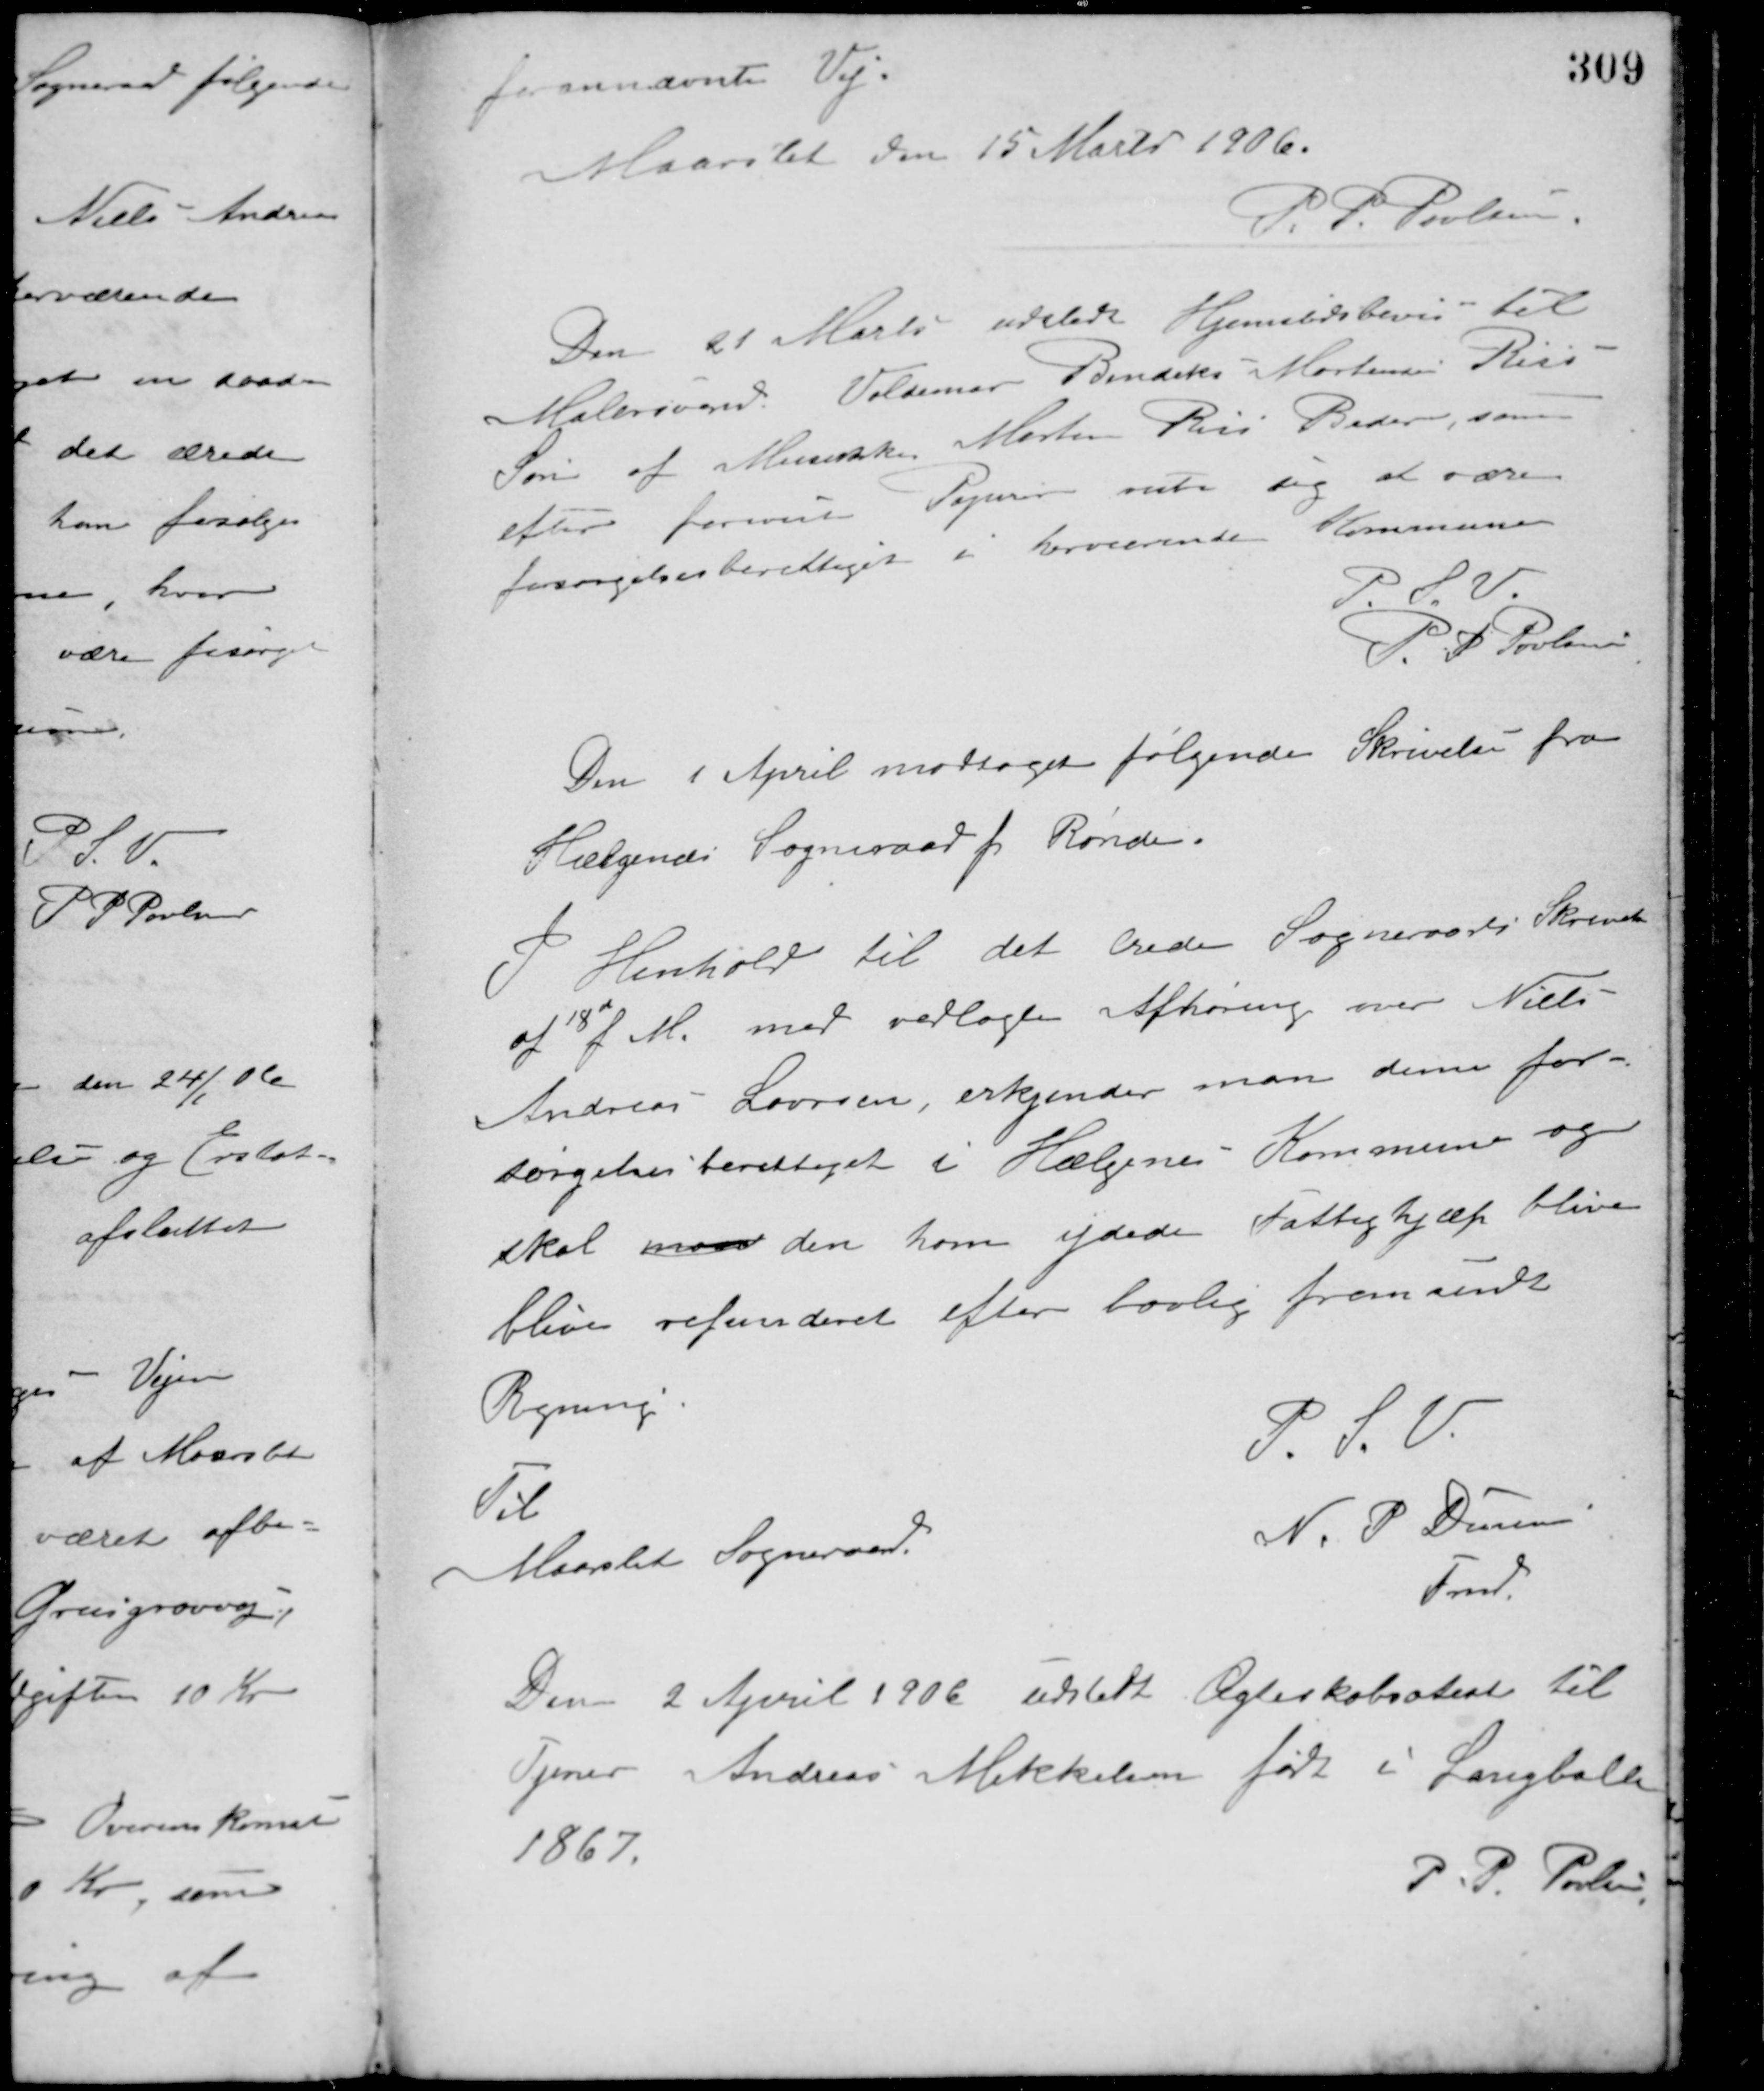
Transskription:
forannævnte Vej.
Maarslet den 15 Marts 1906.
P. P. Poulsen
Den 21 Marts udstedt Hjemstedsbevis til
Malersvend Valdemar Bendiks Mortensen Riis
Søn af Musiker Morten Riis Beder, som
efter foreviste Papirer viste sig at være
forsørgelsesberettiget i herværende Kommune.
P. S. V.
P. P. Poulsen
Den 1 April modtaget følgende Skrivelse fra
Hælgenæs Sogneraad pr. Rønde.
I Henhold til det ærede Sogneraads Skrivelse
af 18de f. M. med vedlagte Afhøring over Niels
Andreas Laursen, erkjender man denne for-
sørgelsesberettiget i Hælgenes Kommune og
skal man den ham ydede Fattighjælp blive
blive refunderet efter lovlig fremsendt
Regning.
P. S. V.
N. P. Damm
Fmd.
Til
Maarslet Sogneraad
Den 2 April 1906 udstedt Ægteskabsatest til
Tjener Andreas Mikkelsen født i Langballe
1867.
P. P. Poulsen